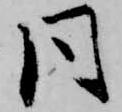
同